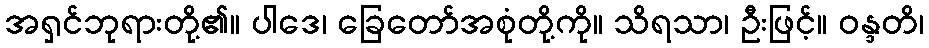
အရှင်ဘုရားတို့၏။ ပါဒေ၊ ခြေတော်အစုံတို့ကို။ သိရသာ၊ ဦးဖြင့်။ ဝန္ဒတိ၊